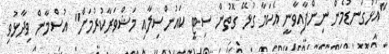
"އަޅުގަނޑުމެން ނިންފާއިވާނީ އެކަމާ ގުޅޭ ގޮތުން ސިޓީ ކައުންސިލާއި މަޝްވަރާކުރުމަށް" އުސްމާން ވިދާޅުވި